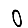
Digit: 0